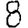
Digit: 8